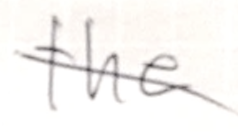
Text: the
Cross-out: diagonal
Writing tool: pencil